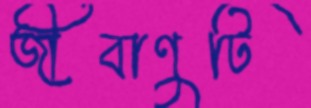
জীবাণুটি